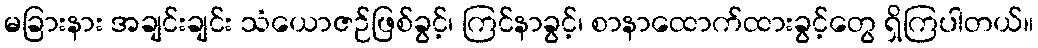
မခြားနား အချင်းချင်း သံယောဇဉ်ဖြစ်ခွင့်၊ ကြင်နာခွင့်၊ စာနာထောက်ထားခွင့်တွေ ရှိကြပါတယ်။